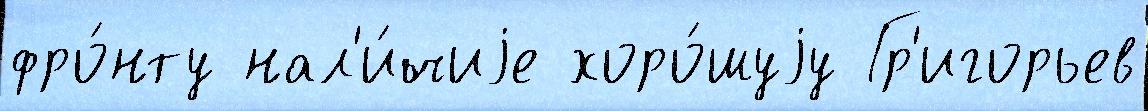
фро́нту нал'и́чиjе хоро́шуjу Гр'игорьев